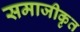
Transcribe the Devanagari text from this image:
समाजीकृत